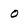
Character: o